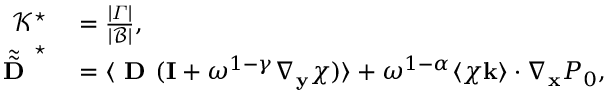
\begin{array} { r l } { \mathcal { K ^ { \star } } } & { { } = \frac { | \varGamma | } { | \mathcal B | } , } \\ { \tilde { \tilde { \textbf { D } } } ^ { \star } } & { { } = \langle \textbf { D } ( \mathbf I + \omega ^ { 1 - \gamma } \nabla _ { \mathbf y } \boldsymbol { \chi } ) \rangle + \omega ^ { 1 - \alpha } \langle \boldsymbol { \chi } \mathbf k \rangle \cdot \nabla _ { \mathbf x } P _ { 0 } , } \end{array}